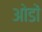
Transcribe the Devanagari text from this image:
ओडों